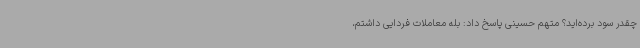
چقدر سود برده‌اید؟ متهم حسینی پاسخ داد: بله معاملات فردایی داشتم،